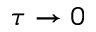
\tau \to 0